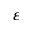
\varepsilon